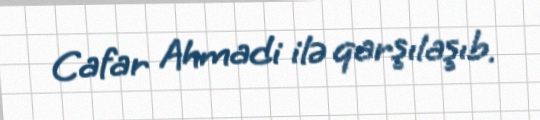
Cafar Ahmadi ilə qarşılaşıb.